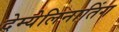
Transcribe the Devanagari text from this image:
देम्येलिनातिंग